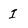
Character: I